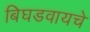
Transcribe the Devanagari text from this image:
बिघडवायचे